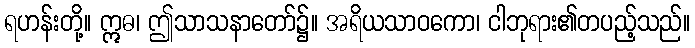
ရဟန်းတို့။ ဣဓ၊ ဤသာသနာတော်၌။ အရိယသာဝကော၊ ငါဘုရား၏တပည့်သည်။